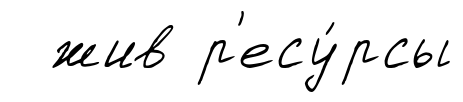
жив р'есу́рсы